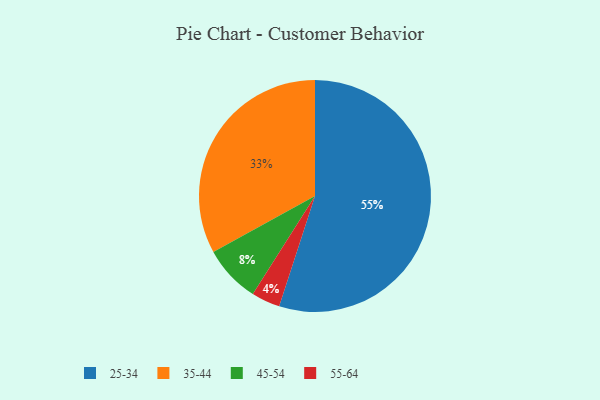
{"axis": {"x": "Category", "y": "Percentage"}, "legend": ["25-34", "35-44", "45-54", "55-64"], "data": [{"x": "55-64", "y": 4, "type": "55-64"}, {"x": "25-34", "y": 55, "type": "25-34"}, {"x": "35-44", "y": 33, "type": "35-44"}, {"x": "45-54", "y": 8, "type": "45-54"}]}